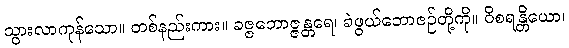
သွားလာကုန်သော။ တစ်နည်းကား။ ခဇ္ဇဘောဇ္ဇန္တရေ၊ ခဲဖွယ်ဘောဇဉ်တို့ကို။ ဝိစရန္တိယော၊